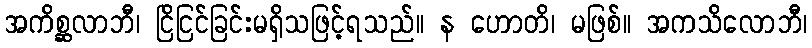
အကိစ္ဆလာဘီ၊ ငြိငြင်ခြင်းမရှိသဖြင့်ရသည်။ န ဟောတိ၊ မဖြစ်။ အကသိလောဘီ၊